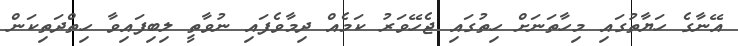
އޭނާގެ ހަޔާތުގައި މިހާތަނަށް ހިތުގައި ޖެހޭވަރު ކަމެއް ދިމާވެފައި ނުވާތީ ލިބިފައިވާ ހިތްދަތިކަން